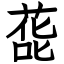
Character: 蒊